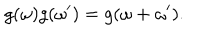
g ( \omega ) g ( \omega ^ { \prime } ) = g ( \omega + \omega ^ { \prime } ) .